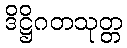
ဒိဋ္ဌိဂတသုတ္တ